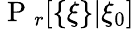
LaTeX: \mathrm{~P~}_{r}[\{ \xi\} |\xi_{0}]